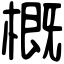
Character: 概